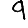
Digit: 9